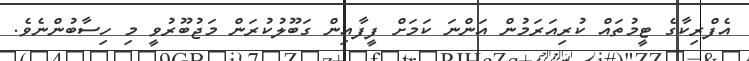
އެފްރިކާގެ ޓީމުތައް ކުރިއަރަމުން އަންނަ ކަމަށް ފީފާއިން ގަބޫލުކުރަން މަޖުބޫރުވީ މި ހިސާބުންނެވެ.